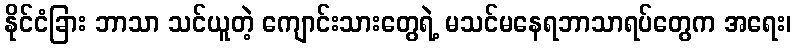
နိုင်ငံခြား ဘာသာ သင်ယူတဲ့ ကျောင်းသားတွေရဲ့ မသင်မနေရဘာသာရပ်တွေက အရေး၊